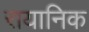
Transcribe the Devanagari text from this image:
रायानिक